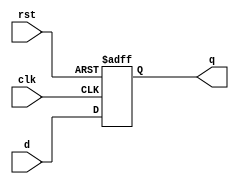
`timescale 1ns / 1ps
module D_FF_ASYNC (
  input clk, rst,
  input d,
  output reg q
  );
  
  always@(posedge clk or negedge rst) begin
    if(!rst) q <= 0;
    else       q <= d;
  end
  
endmodule